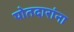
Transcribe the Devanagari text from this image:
पोतदारांना